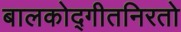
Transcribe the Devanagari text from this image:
बालकोद्गीतनिरतो